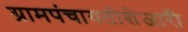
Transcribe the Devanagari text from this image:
ग्रामपंचायतीशेजारी